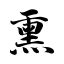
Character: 熏